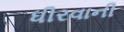
ધીરવાની